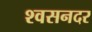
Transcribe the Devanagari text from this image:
श्वसनदर